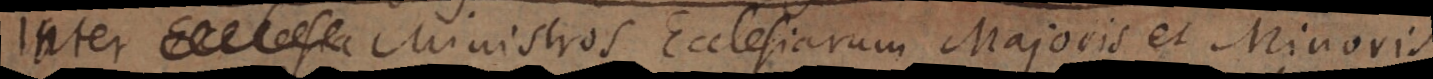
inter Ecclesia Ministros Ecclesiarum Majoris et Minoris